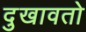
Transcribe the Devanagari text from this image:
दुखावतो